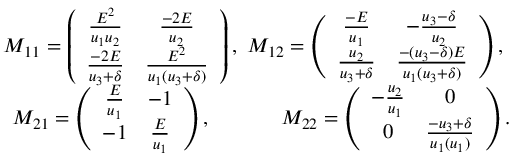
\begin{array} { r l r } & { } & { M _ { 1 1 } = \left( \begin{array} { c c } { \frac { E ^ { 2 } } { u _ { 1 } u _ { 2 } } } & { \frac { - 2 E } { u _ { 2 } } } \\ { \frac { - 2 E } { u _ { 3 } + \delta } } & { \frac { E ^ { 2 } } { u _ { 1 } ( u _ { 3 } + \delta ) } } \end{array} \right) , ~ M _ { 1 2 } = \left( \begin{array} { c c } { \frac { - E } { u _ { 1 } } } & { - \frac { u _ { 3 } - \delta } { u _ { 2 } } } \\ { \frac { u _ { 2 } } { u _ { 3 } + \delta } } & { \frac { - ( u _ { 3 } - \delta ) E } { u _ { 1 } ( u _ { 3 } + \delta ) } } \end{array} \right) , ~ } \\ & { } & { M _ { 2 1 } = \left( \begin{array} { c c } { \frac { E } { u _ { 1 } } } & { - 1 } \\ { - 1 } & { \frac { E } { u _ { 1 } } } \end{array} \right) , ~ ~ ~ ~ ~ ~ ~ ~ ~ ~ M _ { 2 2 } = \left( \begin{array} { c c } { - \frac { u _ { 2 } } { u _ { 1 } } } & { 0 } \\ { 0 } & { \frac { - u _ { 3 } + \delta } { u _ { 1 } ( u _ { 1 } ) } } \end{array} \right) . } \end{array}